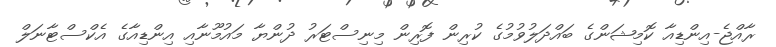
ރާއްޖެ-އިންޑިއާ ކޮމިޝަންގެ ބައްދަލުވުމުގެ ކުރިން ފޮރިން މިނިސްޓަރު ދުންޔާ މައުމޫނާއި އިންޑިއާގެ އެކްސްޓާނަލް